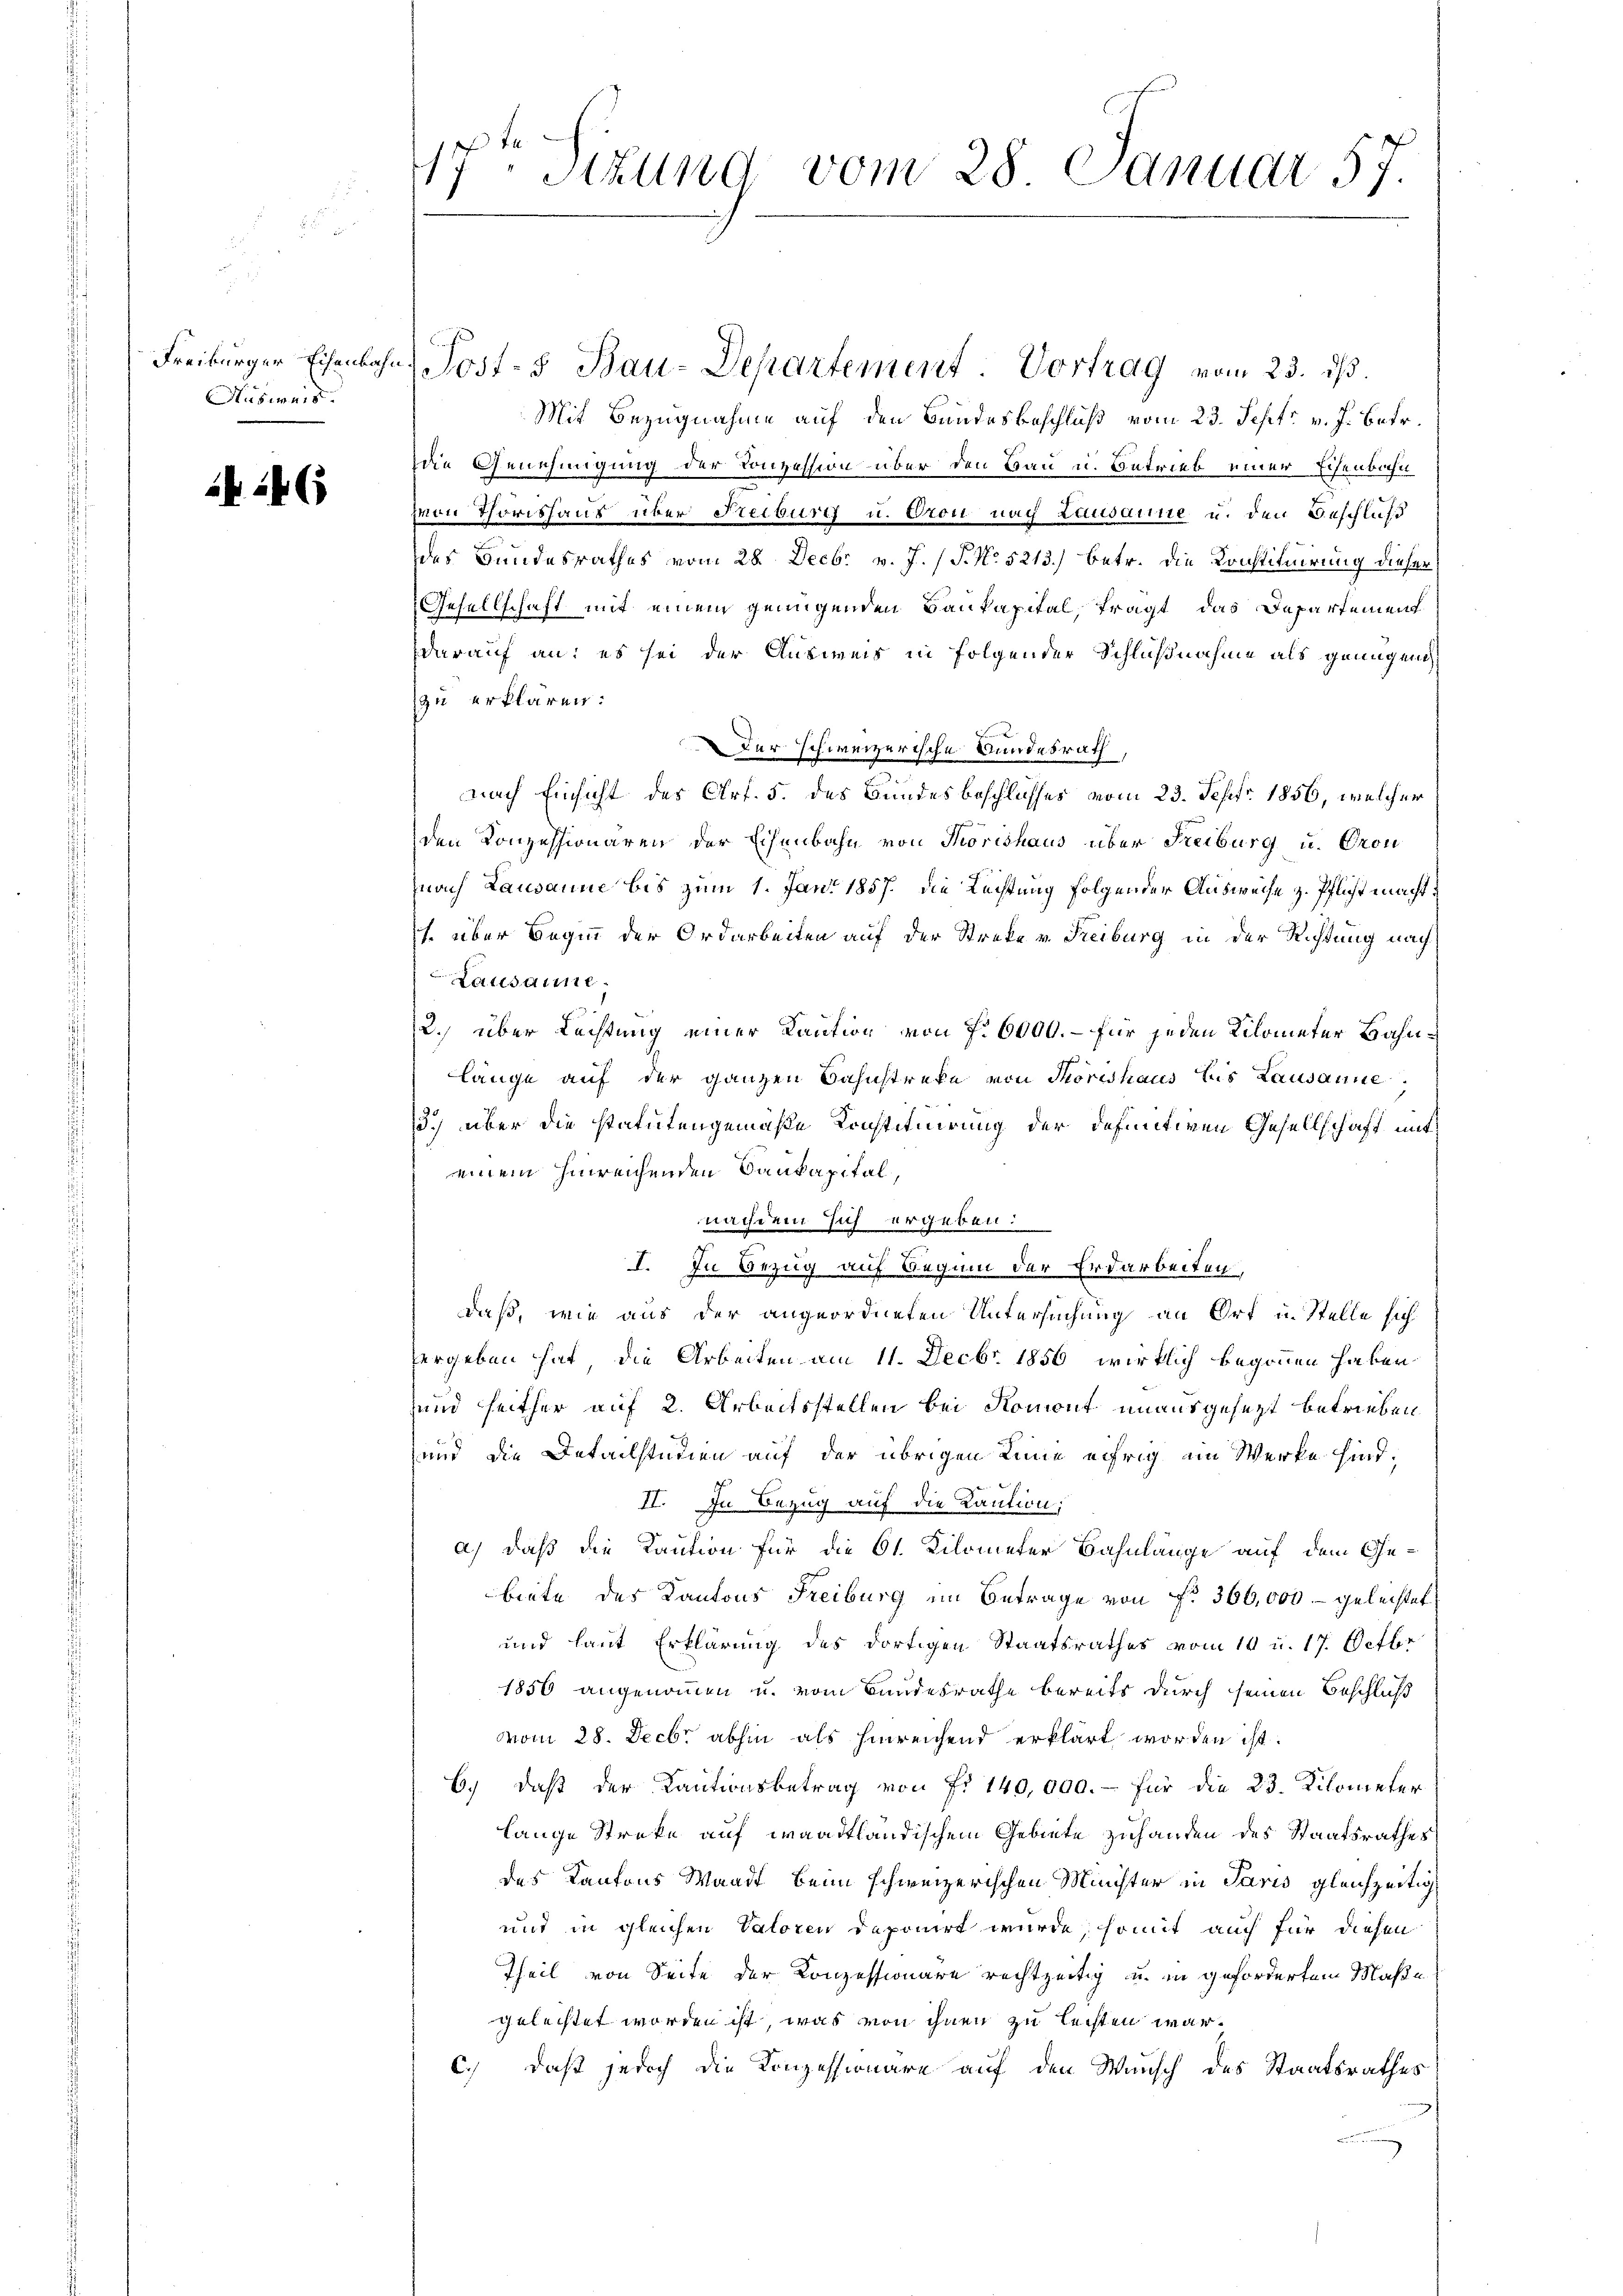
Husweis.

246

47. Sizung vom 28. Januar 57.

Freiburger Eisenbahn, Post- & Bau-Departement. Vortrag vom 23. ds.
Mit Bezugnahme auf den Bundesbeschluß vom 23. Sept. v. J. Betr.
die Genehmigung der Konzession über den Bau u. Betrieb einer Eisenbahn
zvon Thorishaus über Reiburg u. Oron nach Lausanne u. den Beschluß
des Bundesrathes vom 28. Decbr v. J. (T. No. 5213) betr. die Konstituirung dieser
Gesellschaft mit einem genügenden Baukapital, tragt, das Departement
darauf an: es sei der Ausweis in folgender Schlußnahme als genügen
zu erklären:
Der schweizerische Bundesrath,
nach Einsicht des Art. 5. des Bundesbeschlusses vom 23. Sept. 1856, welcher
den Konzessionären der Eisenbahn von Thorishaus über Freiburg u. Cron
nach Lausanne bis zum 1. Juni 1857. die Rechtung folgender Ausweise z. Pflicht machtt. über Beginn der Ordarbeiten auf der Streke v. Freiburg in der Richtung nach
Lausanne.
2. über Lachtung einer Kaution von 7. 6000. – für jeden Kilometer Bahnlänge auf der ganzen Bahnstreke von Thorishaus bis Lausanne
13.) über die statutengemäße Konstituirung der definitiven Gesellschaft mit
einem hinreichenden Baukapital,
nachdem sich ergeben:
I. In Bezug auf Beginn der Erdarbeiten,
daß, wie aus der angeordneten Untersuchung an Ort in Stelle sich
vergeben hat, die Arbeiten am 11. Decbr. 1856 wirklich begonnen haben
und seither auf 2. Arbeitsstellen bei Romont unausgesezt betrieben
und die Detailstudien auf der übrigen Linie eifrig im Werke sind,
II. In Bezug auf die Kaution,
a) daß die Kaution für die 61. Kilometer Bahnlänge auf dem Gebiete des Kantons Freiburg im Betrage von N. 366,000.- gelechtet,
und laut Erklärung des dortigen Staatsrathes vom 10 u. 17. Octbr
1856 angenommen u. vom Bundesrathe bereits durch seinen Beschluß
vom 28. Decbr abhin als hinreichend erklärt worden ist.
6.) daß der Kautionsbetrag von Fr. 140,000.- für die 23. Kilometer
lange Streke auf waadtländischem Gebiete zuhanden des Staatsrathes
des Kantons Waadt beim schweizerischen Münchter in Paris gleichzeitig
und in gleichen Valoren deponirt wurde, somit auch für diesen
Theil von Seite der Konzessionäre rechtzeitig u. in gefordertem Maße
geleistet worden ist, was von ihnen zu leisten war.
c.) daß jedoch die Konzessionäre auf den Wunsch des Staatsrathes